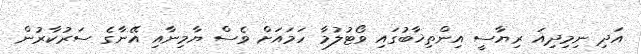
އަދި ނިމިދިއަ ރިޔާސީ އިންތިޚާބުގައި ވޯޓުލުމާ ހަމައަށް ވެސް ޔާމިނާއި އޭނާގެ ސަރުކާރުން